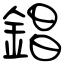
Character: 錩